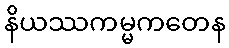
နိယဿကမ္မကတေန